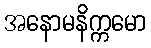
အနောမနိက္ကမော